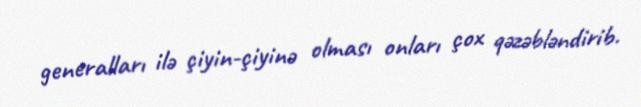
generalları ilə çiyin-çiyinə olması onları çox qəzəbləndirib.